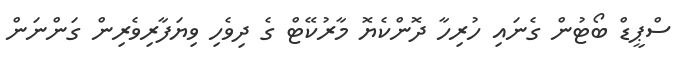
ސްޕީޑް ބޯޓުން ގެނައި ހުރިހާ ދޮންކެޔޮ މާރުކޭޓް ގެ ދިވެހި ވިޔަފާރިވެރިން ގަންނަން